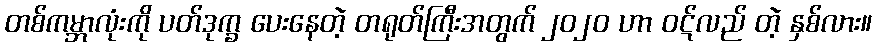
တစ်ကမ္ဘာလုံးကို ပတ်ဒုက္ခ ပေးနေတဲ့ တရုတ်ကြီးအတွက် ၂၀၂၀ ဟာ ဝဋ်လည် တဲ့ နှစ်လား။